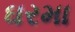
ઘરમા